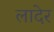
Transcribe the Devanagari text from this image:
लादेर